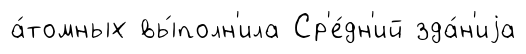
а́томных вы́полн'ила Ср'е́дн'ий зда́н'иjа